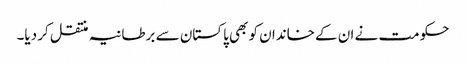
حکومت نے ان کے خاندان کو بھی پاکستان سے برطانیہ منتقل کر دیا۔